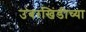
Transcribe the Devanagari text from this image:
उंबरखिंडीच्या